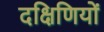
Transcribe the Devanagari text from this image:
दक्षिणियों